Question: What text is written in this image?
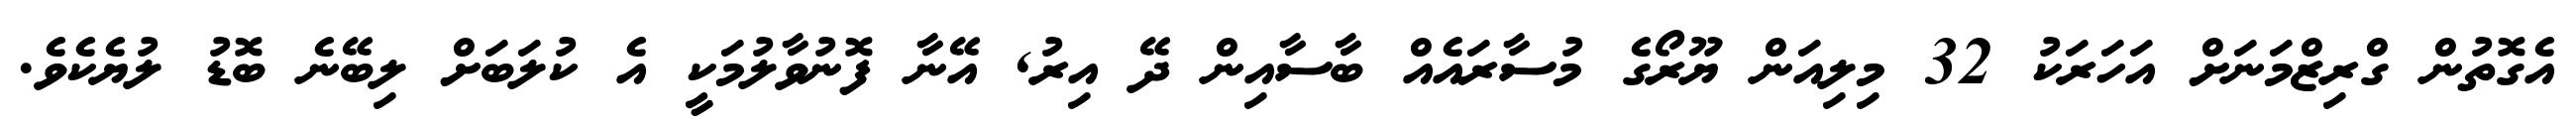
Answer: އެގޮތުން ގްރިޒްމަނަށް އަހަރަކު 32 މިލިއަން ޔޫރޯގެ މުސާރައެއް ބާސާއިން ދޭ އިރު, އޭނާ ފޮނުވާލުމަކީ އެ ކުލަބަށް ލިބޭނެ ބޮޑު ލުޔެކެވެ.